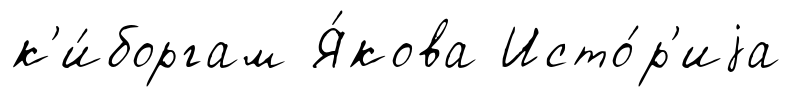
к'и́боргам Я́кова Исто́р'иjа